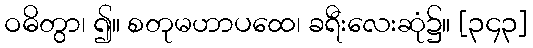
ဝဓိတွာ၊ ၍။ စတုမဟာပထေ၊ ခရီးလေးဆုံ၌။ [၃၄၃]